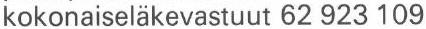
kokonaiseläkevastuut 62 923 109